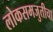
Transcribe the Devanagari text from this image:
लोकसमजुतीचा